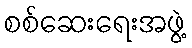
စစ်ဆေးရေးအဖွဲ့